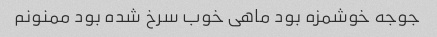
جوجه خوشمزه بود ماهی خوب سرخ شده بود ممنونم